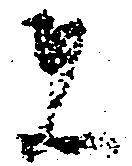
者